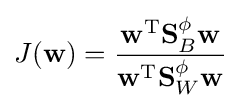
J(\mathbf {w} )={\frac {\mathbf {w} ^{\text{T}}\mathbf {S} _{B}^{\phi }\mathbf {w} }{\mathbf {w} ^{\text{T}}\mathbf {S} _{W}^{\phi }\mathbf {w} }}